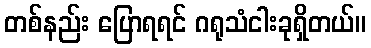
တစ်နည်း ပြောရရင် ဂရုသံငါးခုရှိတယ်။